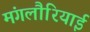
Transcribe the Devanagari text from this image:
मंगलौरियाई